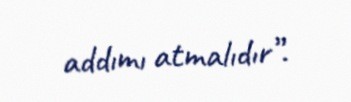
addımı atmalıdır”.